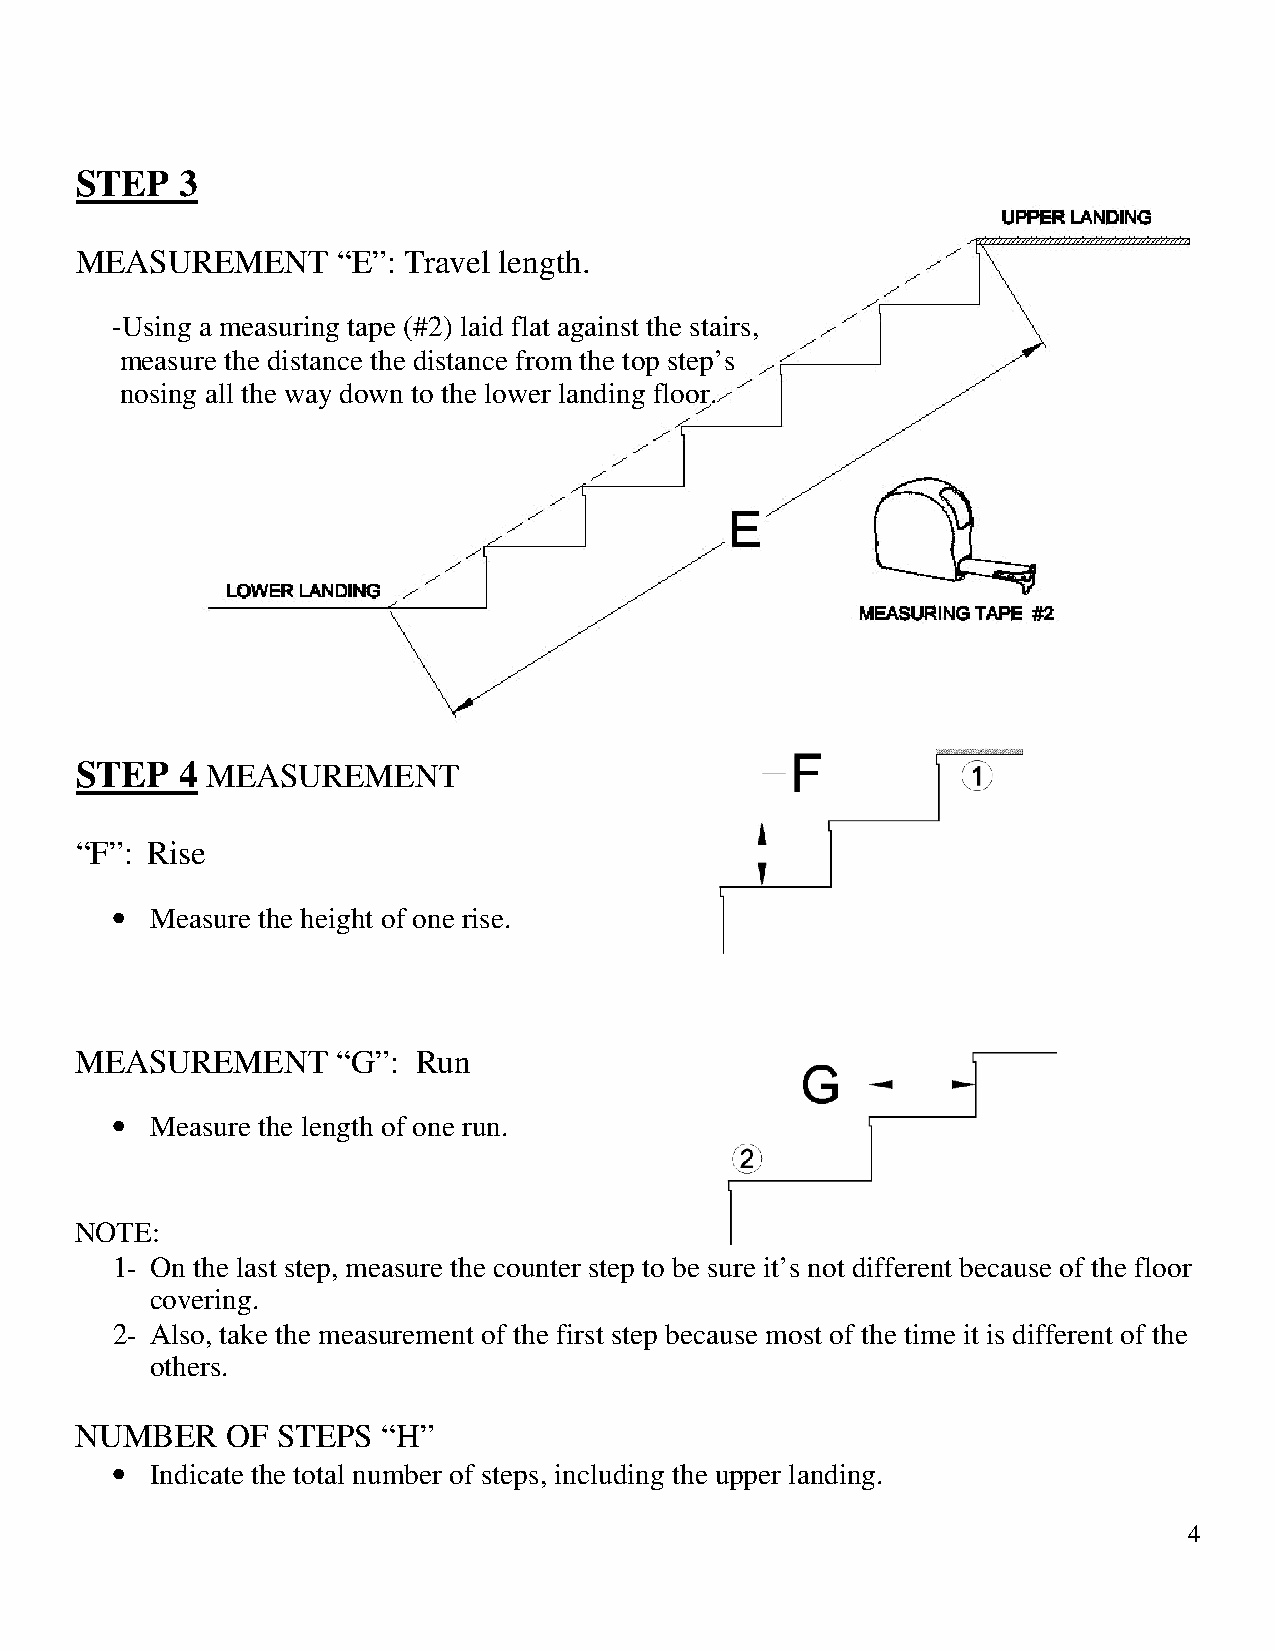
STEP   3
 “E”: Travel length.
 MEASUREMENT
 -Using a measuring tape (#2) laid flat against the stairs,
 measure the distance the distance from the top step’s
 nosing all the way down to the lower landing floor.
 STEP   4
 MEASUREMENT
 “F”: Rise
 •
 Measure the height of one rise.
 “G”:  Run
 MEASUREMENT
 •
 Measure the length of one run.
 NOTE:
 1- On the last step, measure the counter step to be sure it’s not different because of the floor
 covering.
 2- Also, take the measurement of the first step because most of the time it is different of the
 others.
 NUMBER    OF STEPS  “H”
 •
 Indicate the total number of steps, including the upper landing.
 4